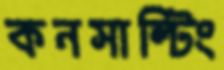
কনসাল্টিং